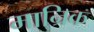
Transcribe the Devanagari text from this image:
मान्रिक